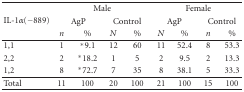
<table><thead><tr><td rowspan="3"><b>IL-1<i>α</i>(−889)</b></td><td colspan="4"><b>Male</b></td><td colspan="4"><b>Female</b></td></tr><tr><td colspan="2"><b>AgP</b></td><td colspan="2"><b>Control</b></td><td colspan="2"><b>AgP</b></td><td colspan="2"><b>Control</b></td></tr><tr><td><b><i>n</i></b></td><td><b>%</b></td><td><b><i>N</i></b></td><td><b>%</b></td><td><b><i>N</i></b></td><td><b>%</b></td><td><b><i>n</i></b></td><td><b>%</b></td></tr></thead><tbody><tr><td>1,1</td><td>1</td><td>*9.1</td><td>12</td><td>60</td><td>11</td><td>52.4</td><td>8</td><td>53.3</td></tr><tr><td>2,2</td><td>2</td><td>*18.2</td><td>1</td><td>5</td><td>2</td><td>9.5</td><td>2</td><td>13.3</td></tr><tr><td>1,2</td><td>8</td><td>*72.7</td><td>7</td><td>35</td><td>8</td><td>38.1</td><td>5</td><td>33.3</td></tr><tr><td>Total</td><td>11</td><td>100</td><td>20</td><td>100</td><td>21</td><td>100</td><td>15</td><td>100</td></tr></tbody></table>